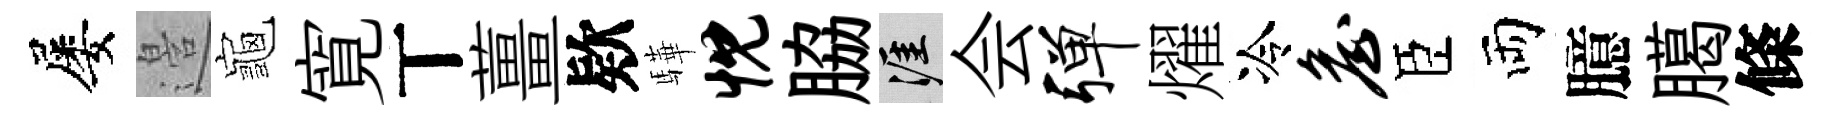
屡邉龜寛丅薑欵驊忱脇涯会弹燿冷詹臣両臆臈條